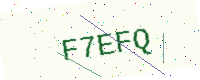
Text: F7EFQ